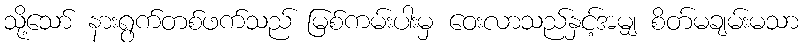
သို့သော် နားရွက်တစ်ဖက်သည် မြစ်ကမ်းပါးမှ ဝေးလာသည်နှင့်အမျှ စိတ်မချမ်းမသာ